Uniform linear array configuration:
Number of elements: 64
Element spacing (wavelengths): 0.75
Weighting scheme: blackman
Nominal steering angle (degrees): -15
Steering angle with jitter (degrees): -15.605
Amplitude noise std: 0.05
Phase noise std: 0.05

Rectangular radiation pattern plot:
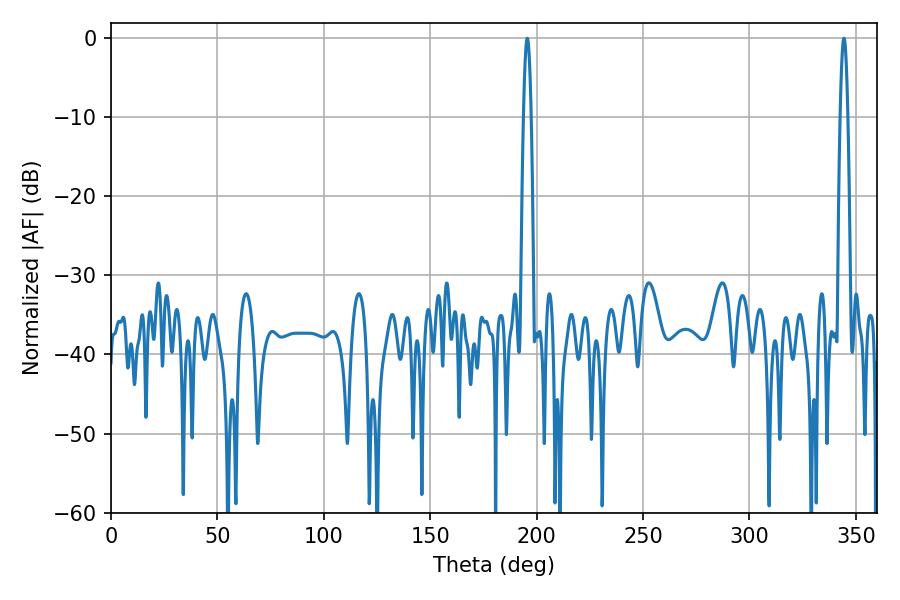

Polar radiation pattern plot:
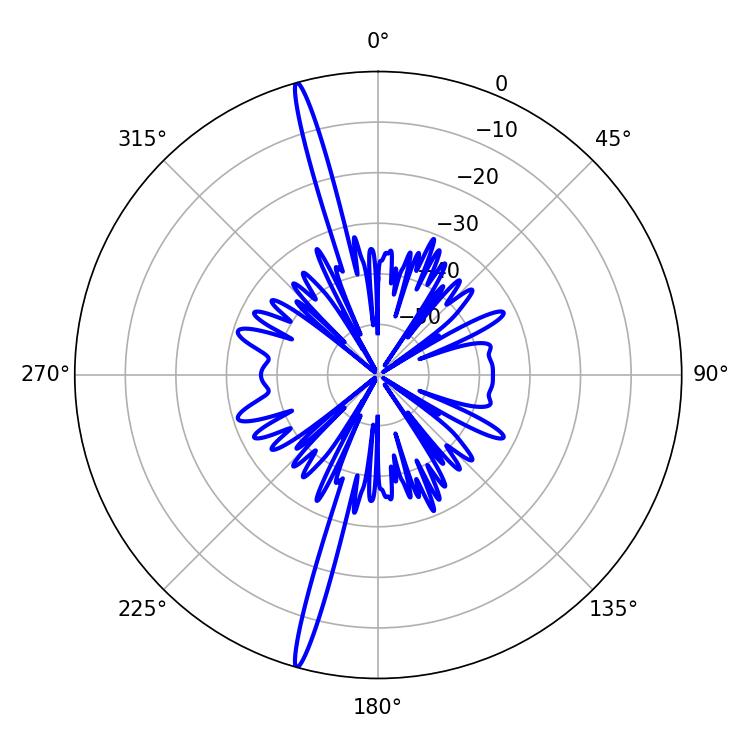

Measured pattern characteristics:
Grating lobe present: TRUE
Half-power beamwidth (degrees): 1.98
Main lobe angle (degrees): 344.34